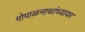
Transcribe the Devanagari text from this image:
गोपाळनाथांच्यावर